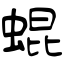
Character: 蜫